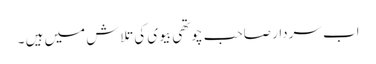
اب سردار صاحب چوتھی بیوی کی تلاش میں ہیں ۔